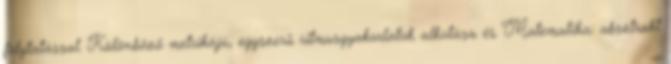
folytatással. Különböző metrikájú, egyszerű ritmusgyakorlatok alkotása és Matematika: absztrakt